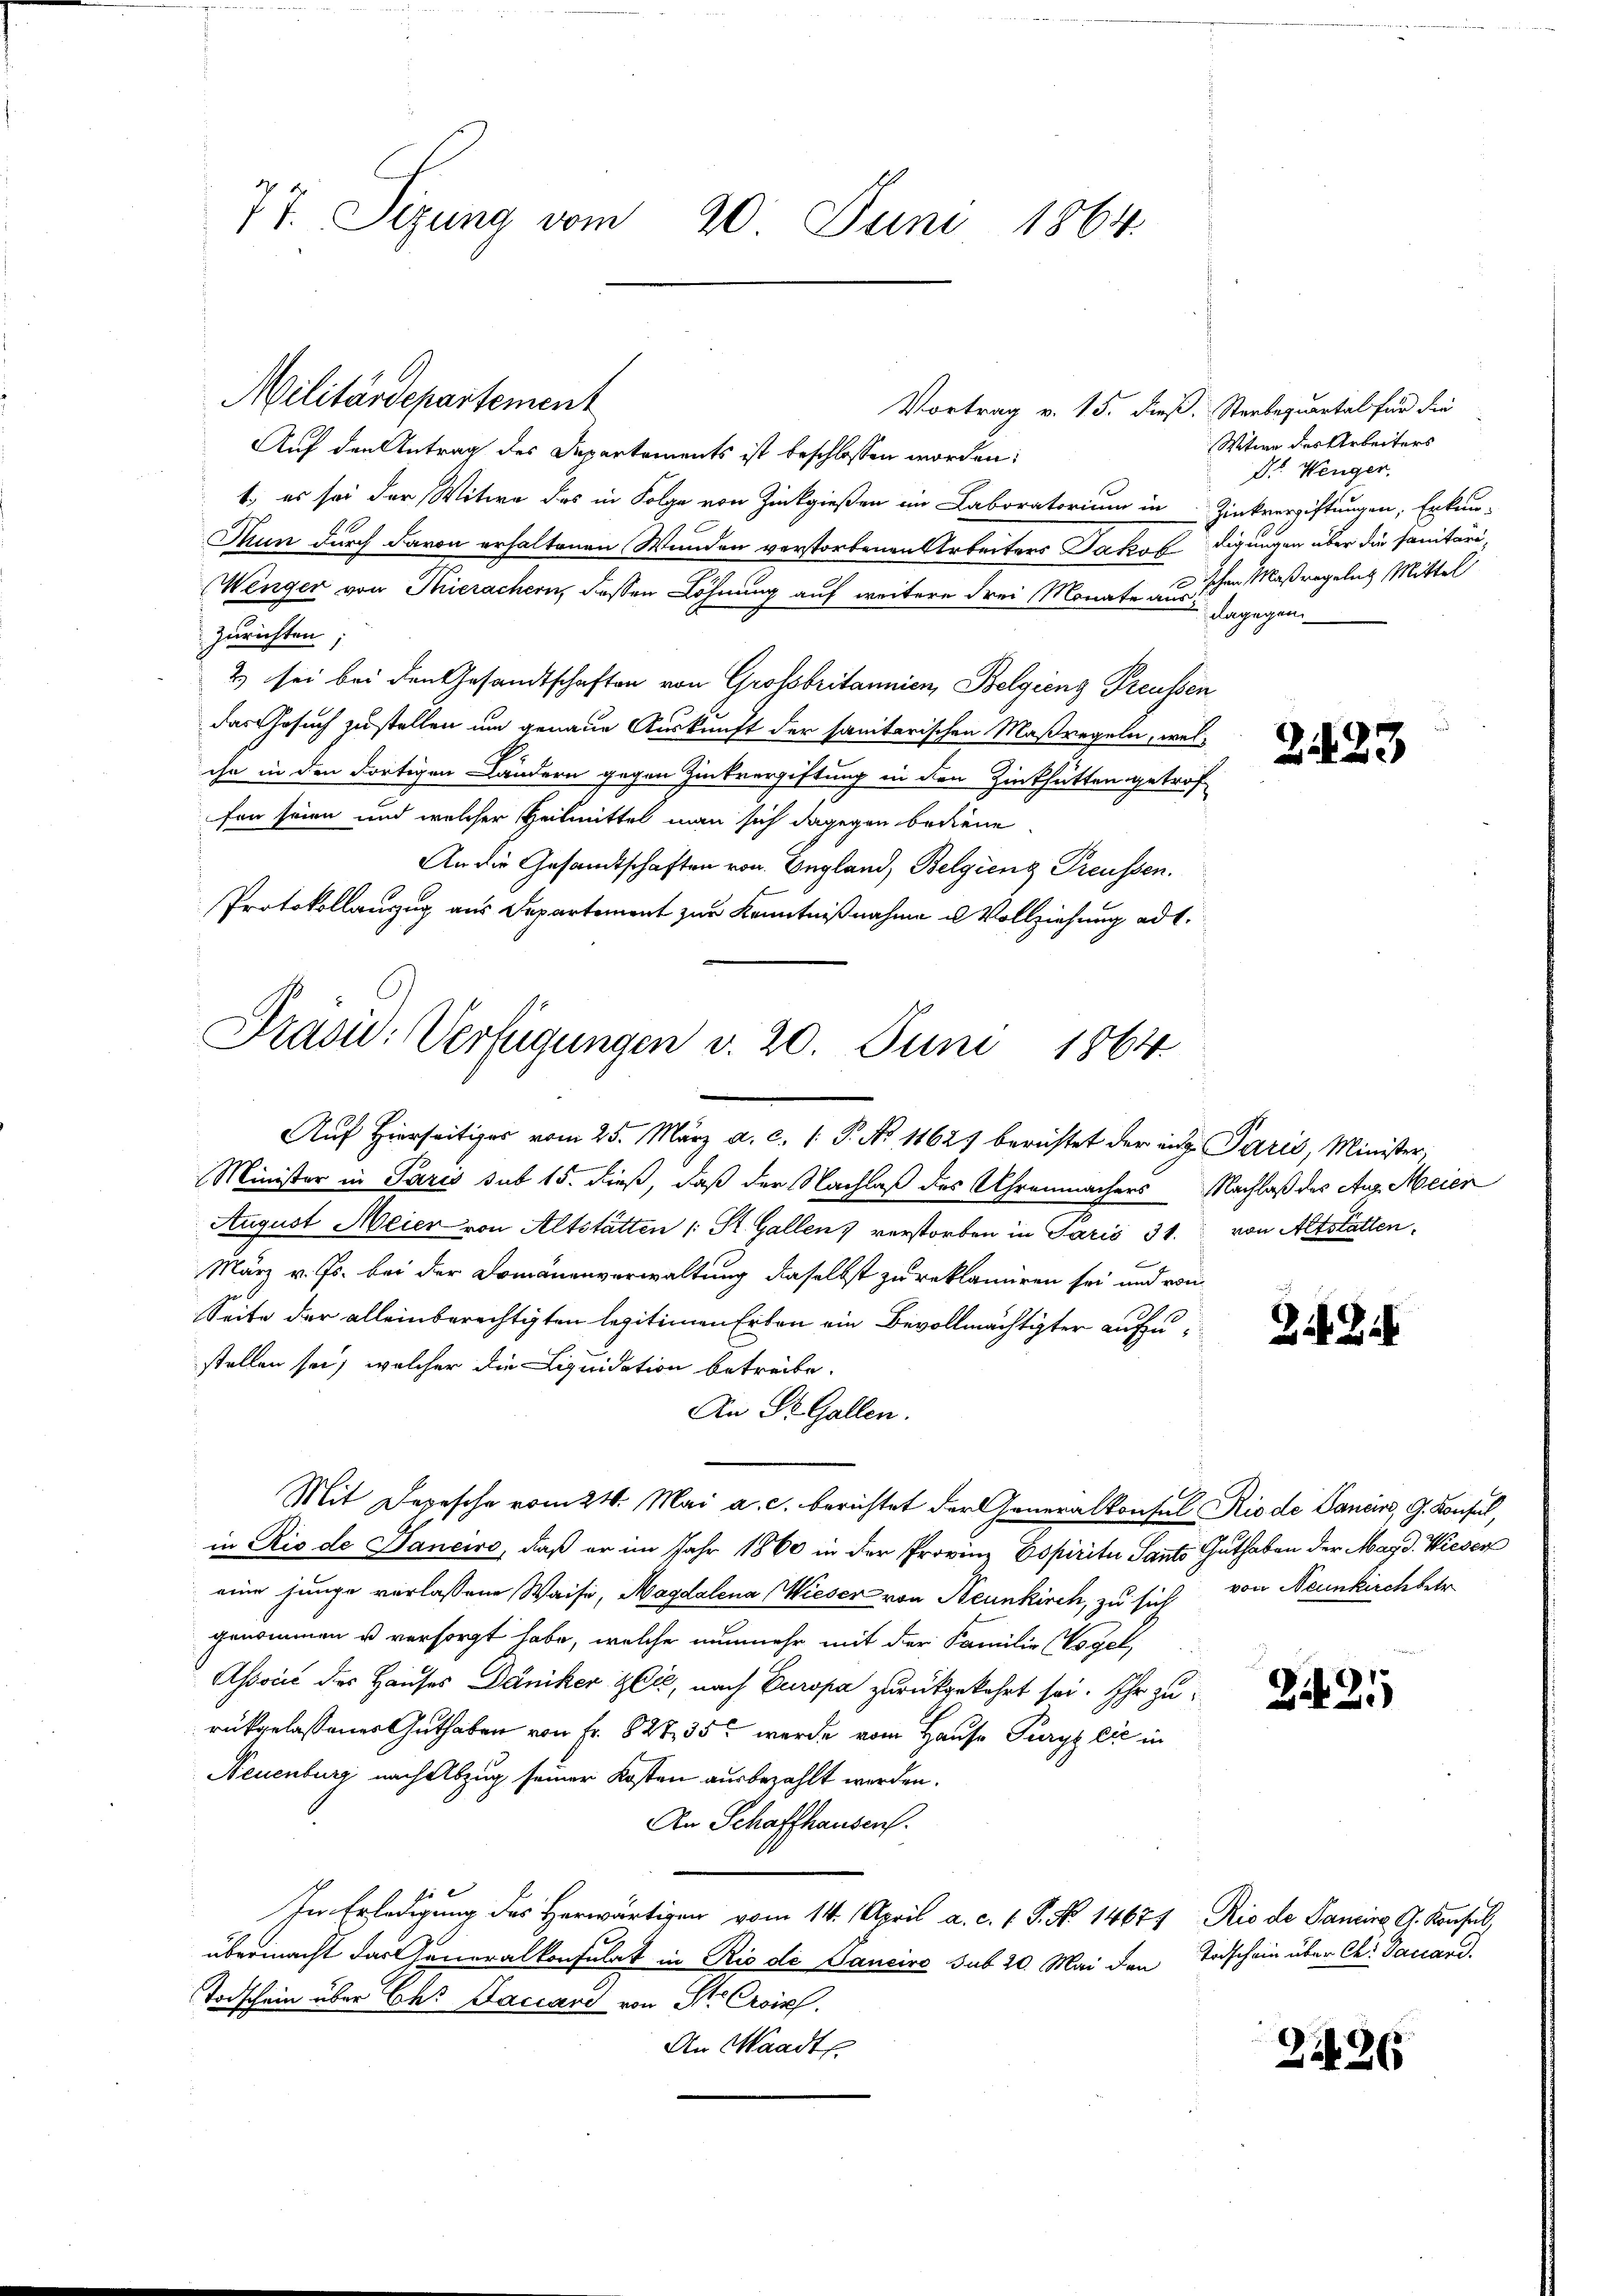
77. Sizung vom 20. Juni 1864.

Vortrag v. 15. dieß. Sterbequartal für die
Auf den Antrag des Departements ist beschlossen worden:
t., es sei der Witwe des in Folge von Zinkgießen im Laboratorium in Zinkvergiftungen, Erkun-
Thun durch davon erhaltenen Wunden verstorbenen Arbeiters Jakofdigungen über die sanitäri-
Wenger von Thierachern, dassen Löhnung auf weitere drei Monate zu schen Maßregelns Mittel
Zurichten,
2 sei bei den Gesandtschaften von Grossbritannien Belgiens Treussen
das Gesuch zustellen um genaue Auskunft der sanitarischen Maßregeln, welihr in den dortigen Ländern gegen Zinkvergiftung in den Zinkhütten getrof
fen seien und welcher Heilmittel man sich dagegen bediene
An die Gesandtschaften von England, Belgieng Preussen.
Protokollanzug aus Departement zur Kenntnißnahme u. Vollziehung ad 1.

Militärdepartement

Präsid: Verfügungen v. 20. Juni 1864.
Auf Hierseits vom 25. März a. c. 1: P. No 1162 berichtet der in Paris, Minister,

Minister in Paris sub 15. dieß, daß der Nachlaß des Uhrenmachers Nachlaß des Aug. Meien
August Meier von Altstätten (: St. Gallen) verstorben in Paris 31. von Altstatten,
März v. Js. bei der Domänenverwaltung daselbst zu reklamiren sei und von
Seite der alleinberechtigten legitimen Erben ein Bevollmächtigter aufzustellen sei, welcher die Liquidation betreibe.
An St. Gallen.
Mit Depesche vom 24. Mai a. c. berichtet der Generalkonsul Rio de Sancirs, G. Konsul,
in Rio de Janeiro, daß er im Jahr 1860 in der Provinz Espiritu Sants Guthaben der Magd. Wieser
eine junge verlassene Waise, Magdalena Wieser von Neunkirch, zu sich von Neunkirchbetr.
genommen u versorgt habe, welche nunmehr mit der Familie (Vogel,
Associé des Hauses Däniker & Cie, nach Europa zurückgekehrt sei. Ihr zurückgelassenes Guthaben von Fr. 827, 35 wurde vom Hause Purgs sie in
Neuenburg nach Abzug seiner Kosten ausbezahlt werden.
An Schaffhausen.
In Erledigung des Herwärtigen vom 14. April a. c. 1. P. No 14671 Rio de Samire G. Konseil,
übermacht das Generalkonsulat in Rio di Pancire sub 20. Mai den Todschein über Ch. Daciand.
Todschein über Ehr Saccard von St. Croiss.
An Waadt

Witwe des Arbeiters
Dr. Wenger,
dagegen

2423

ZitZi

Zit 21)

226